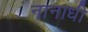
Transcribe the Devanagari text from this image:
नानाधी